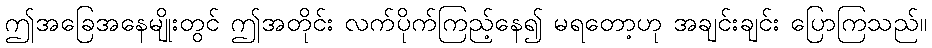
ဤအခြေအနေမျိုးတွင် ဤအတိုင်း လက်ပိုက်ကြည့်နေ၍ မရတော့ဟု အချင်းချင်း ပြောကြသည်။